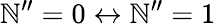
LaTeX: \mathbb{N}^{\prime\prime}=0\leftrightarrow\mathbb{N}^{\prime\prime}=1